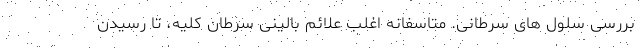
بررسی سلول های سرطانی. متاسفانه اغلب علائم بالینی سرطان کلیه، تا رسیدن